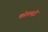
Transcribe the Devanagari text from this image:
कोडचद्री